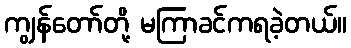
ကျွန်တော်တို့ မကြာခင်ကရခဲ့တယ်။